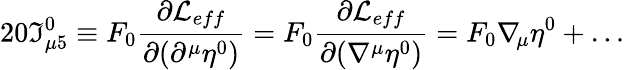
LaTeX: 20\Im_{\mu 5}^{0}\equiv F_{0}\frac{\partial{\cal L}_{eff}}{\partial(\partial^{\mu}\eta^{0})}=F_{0}\frac{\partial{\cal L}_{eff}}{\partial(\nabla^{\mu}\eta^{0})}=F_{0}\nabla_{\! \mu}\eta^{0}+\dots